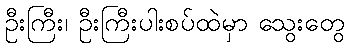
ဦးကြီး၊ ဦးကြီးပါးစပ်ထဲမှာ သွေးတွေ